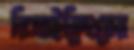
রিসাইক্লিংয়ের